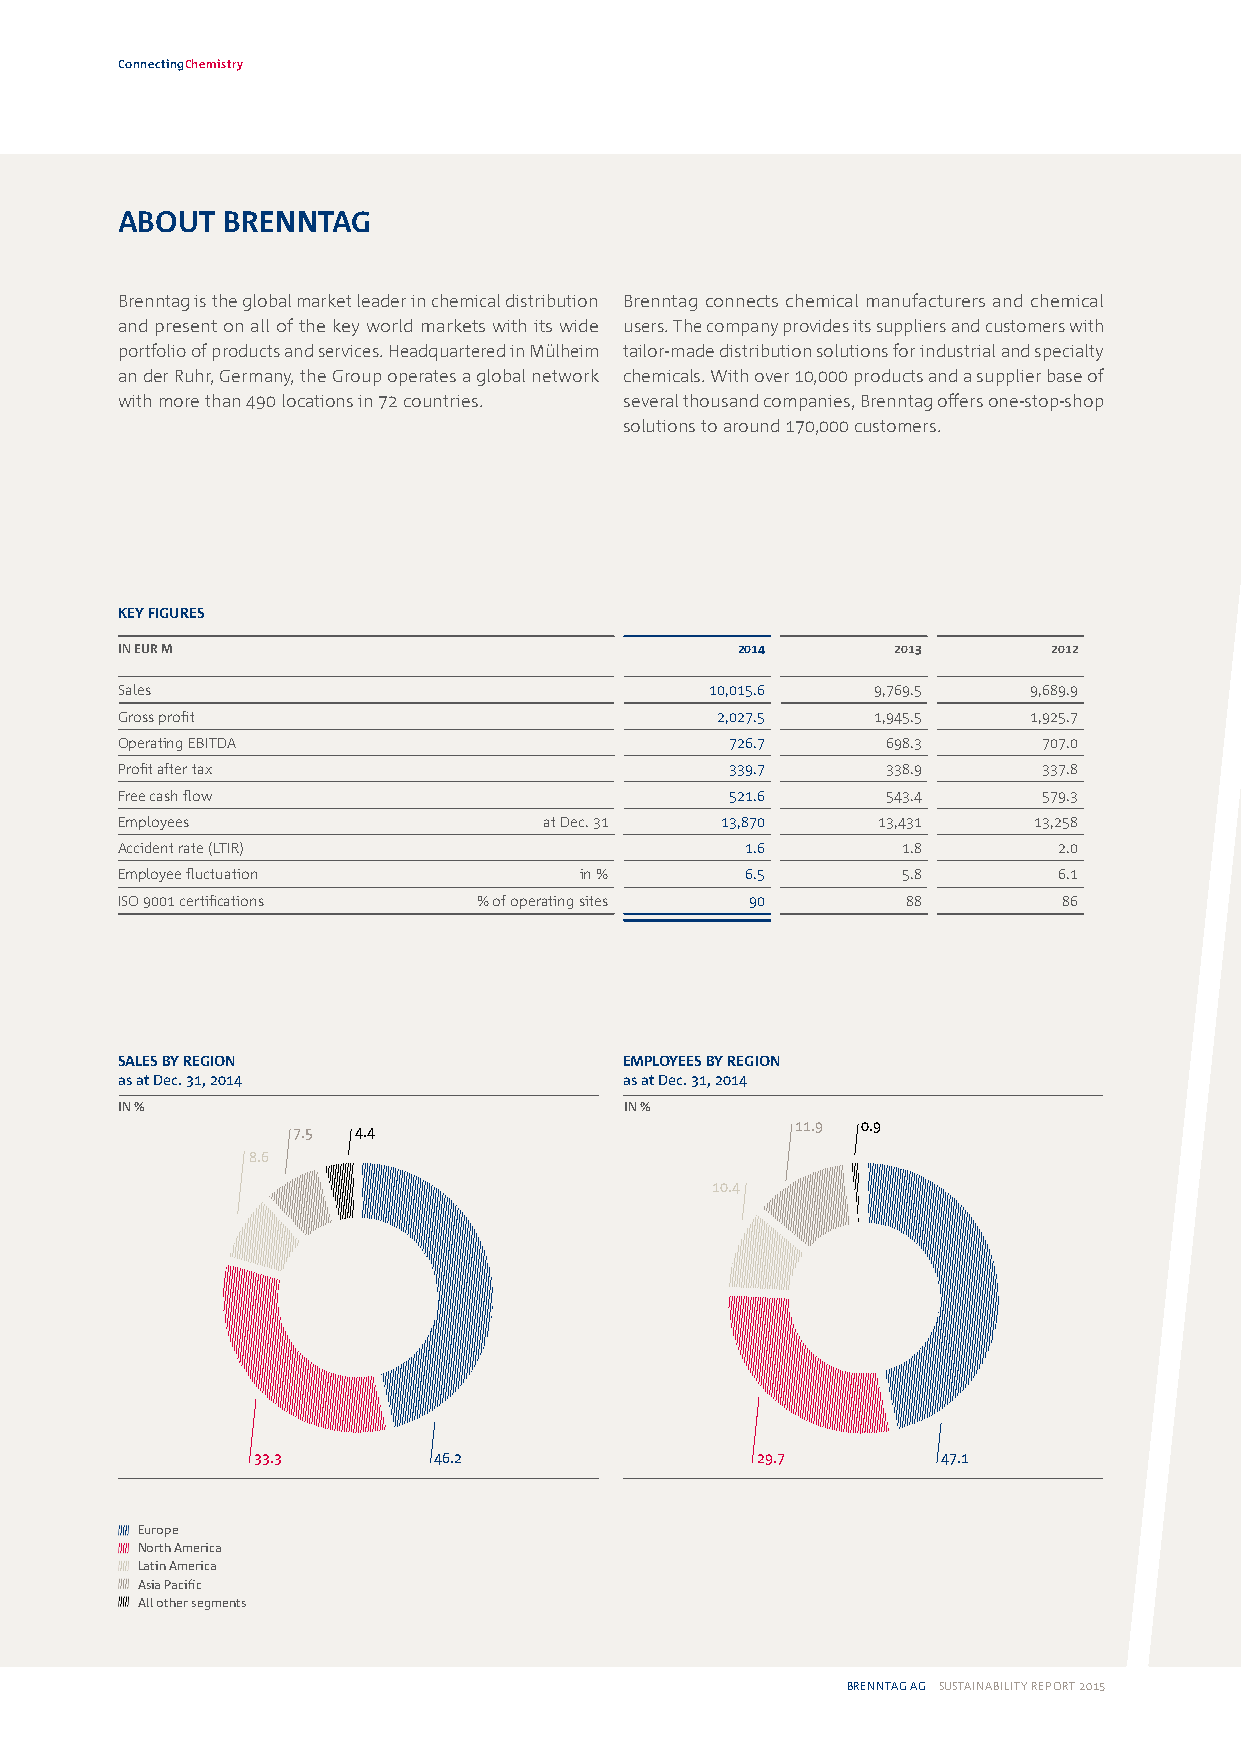
ConnectingChemistry
 ABOUT  BRENNTAG
 Brenntag is the global market leader in chemical distribution Brenntag connects chemical manufacturers and chemical
 and present on all of the key world markets with its wide users. The company provides its suppliers and customers with
 portfolio of products and services. Headquartered in Mülheim tailor-made distribution solutions for industrial and specialty
 an der Ruhr, Germany, the Group operates a global network chemicals. With over 10,000 products and a supplier base of
 with more than 490 locations in 72 countries. several thousand companies, Brenntag offers one-stop-shop
 solutions to around 170,000 customers.
 KEY FIGURES
 IN EUR M                                 2014      2013       2012
 Sales                                  10,015.6   9,769.5   9,689.9
 Gross profit                           2,027.5    1,945.5   1,925.7
 Operating EBITDA                        726.7      698.3     707.0
 Profit after tax                        339.7      338.9     337.8
 Free cash flow                          521.6      543.4     579.3
 Employees                   at Dec. 31  13,870    13,431    13,258
 Accident rate (LTIR)                     1.6        1.8       2.0
 Employee fluctuation          in %       6.5        5.8       6.1
 ISO 9001 certifications % of operating sites 90     88        86
 SALES BY REGION                  EMPLOYEES BY REGION
 as at Dec. 31, 2014              as at Dec. 31, 2014
 IN %                             IN %
 7.5 4.4                           11.9 0.9
 8.6
 10.4
 33.3        46.2                 29.7        47.1
 Europe
 North America
 Latin America
 Asia Pacific
 All other segments
 BRENNTAG AG SUSTAINABILITY REPORT 2015